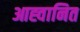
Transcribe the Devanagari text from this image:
आह्वानित